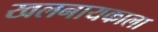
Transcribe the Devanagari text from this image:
खलनायकाला